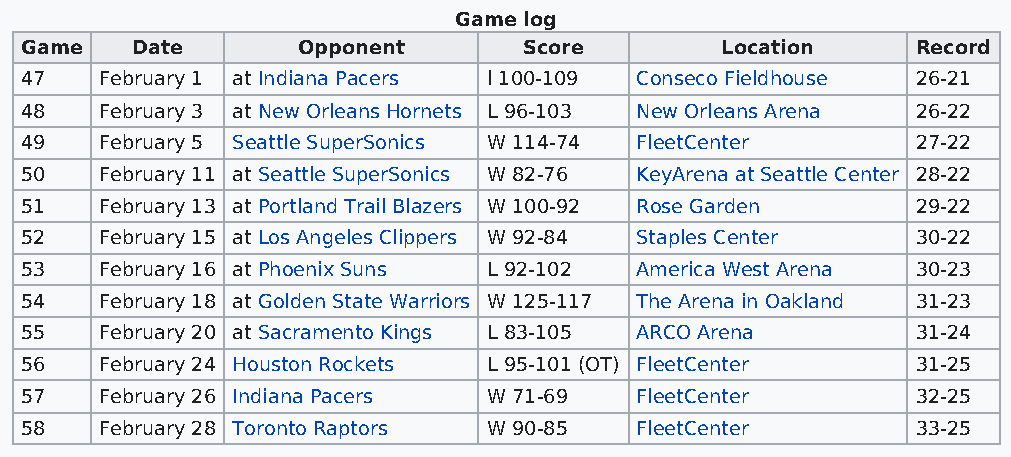
Game log
 Game    Date       Opponent       Score        Location     Record
 47    February 1 at Indiana Pacers l 100-109 Conseco Fieldhouse 26-21
 48    February 3 at New Orleans Hornets L 96-103 New Orleans Arena 26-22
 49    February 5 Seattle SuperSonics W 114-74 FleetCenter   27-22
 50    February 11 at Seattle SuperSonics W 82-76 KeyArena at Seattle Center 28-22
 51    February 13 at Portland Trail Blazers W 100-92 Rose Garden 29-22
 52    February 15 at Los Angeles Clippers W 92-84 Staples Center 30-22
 53    February 16 at Phoenix Suns L 92-102 America West Arena 30-23
 54    February 18 at Golden State Warriors W 125-117 The Arena in Oakland 31-23
 55    February 20 at Sacramento Kings L 83-105 ARCO Arena   31-24
 56    February 24 Houston Rockets L 95-101 (OT) FleetCenter 31-25
 57    February 26 Indiana Pacers W 71-69 FleetCenter        32-25
 58    February 28 Toronto Raptors W 90-85 FleetCenter       33-25